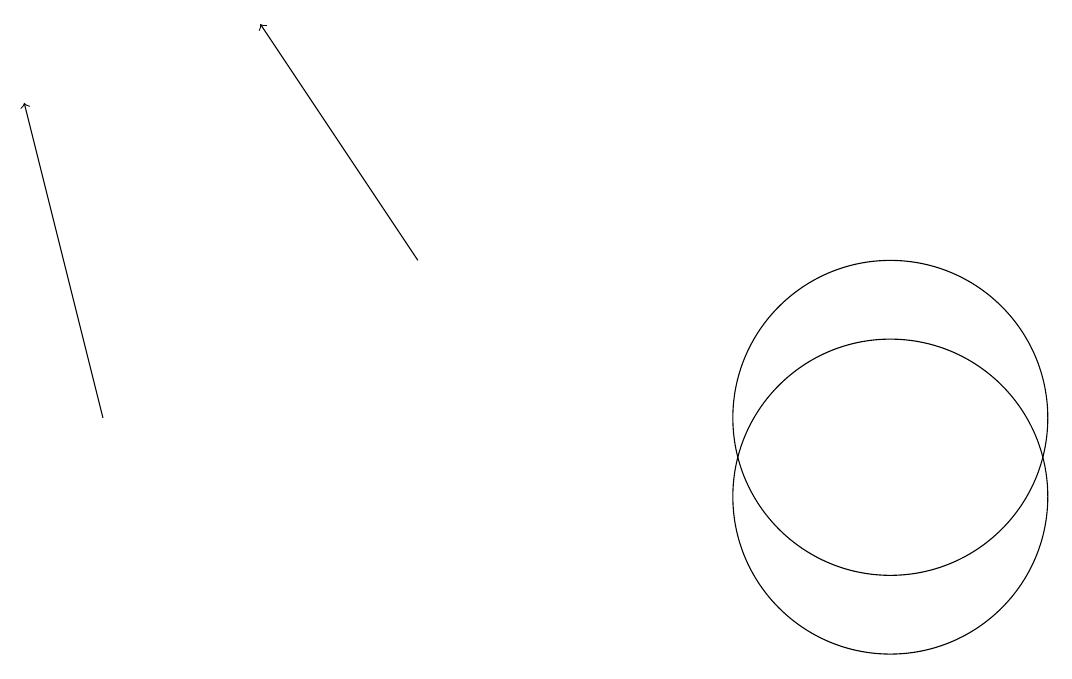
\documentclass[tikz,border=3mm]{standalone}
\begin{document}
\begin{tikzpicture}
\draw (11,10) circle (2);
\draw (11,11) circle (2);
\draw[->] (5,13) -- (3,16);
\draw[->] (1,11) -- (0,15);
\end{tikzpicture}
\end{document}